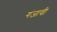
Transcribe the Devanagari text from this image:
गंजावी